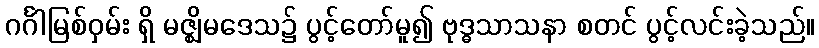
ဂင်္ဂါမြစ်ဝှမ်း ရှိ မဇ္ဈိမဒေသ၌ ပွင့်တော်မူ၍ ဗုဒ္ဓသာသနာ စတင် ပွင့်လင်းခဲ့သည်။